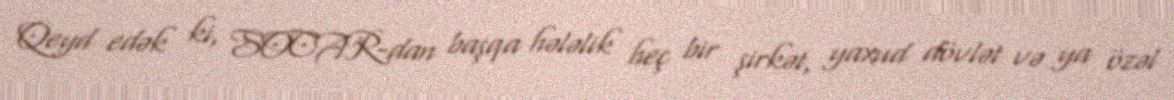
Qeyd edək ki, SOCAR-dan başqa hələlik heç bir şirkət, yaxud dövlət və ya özəl